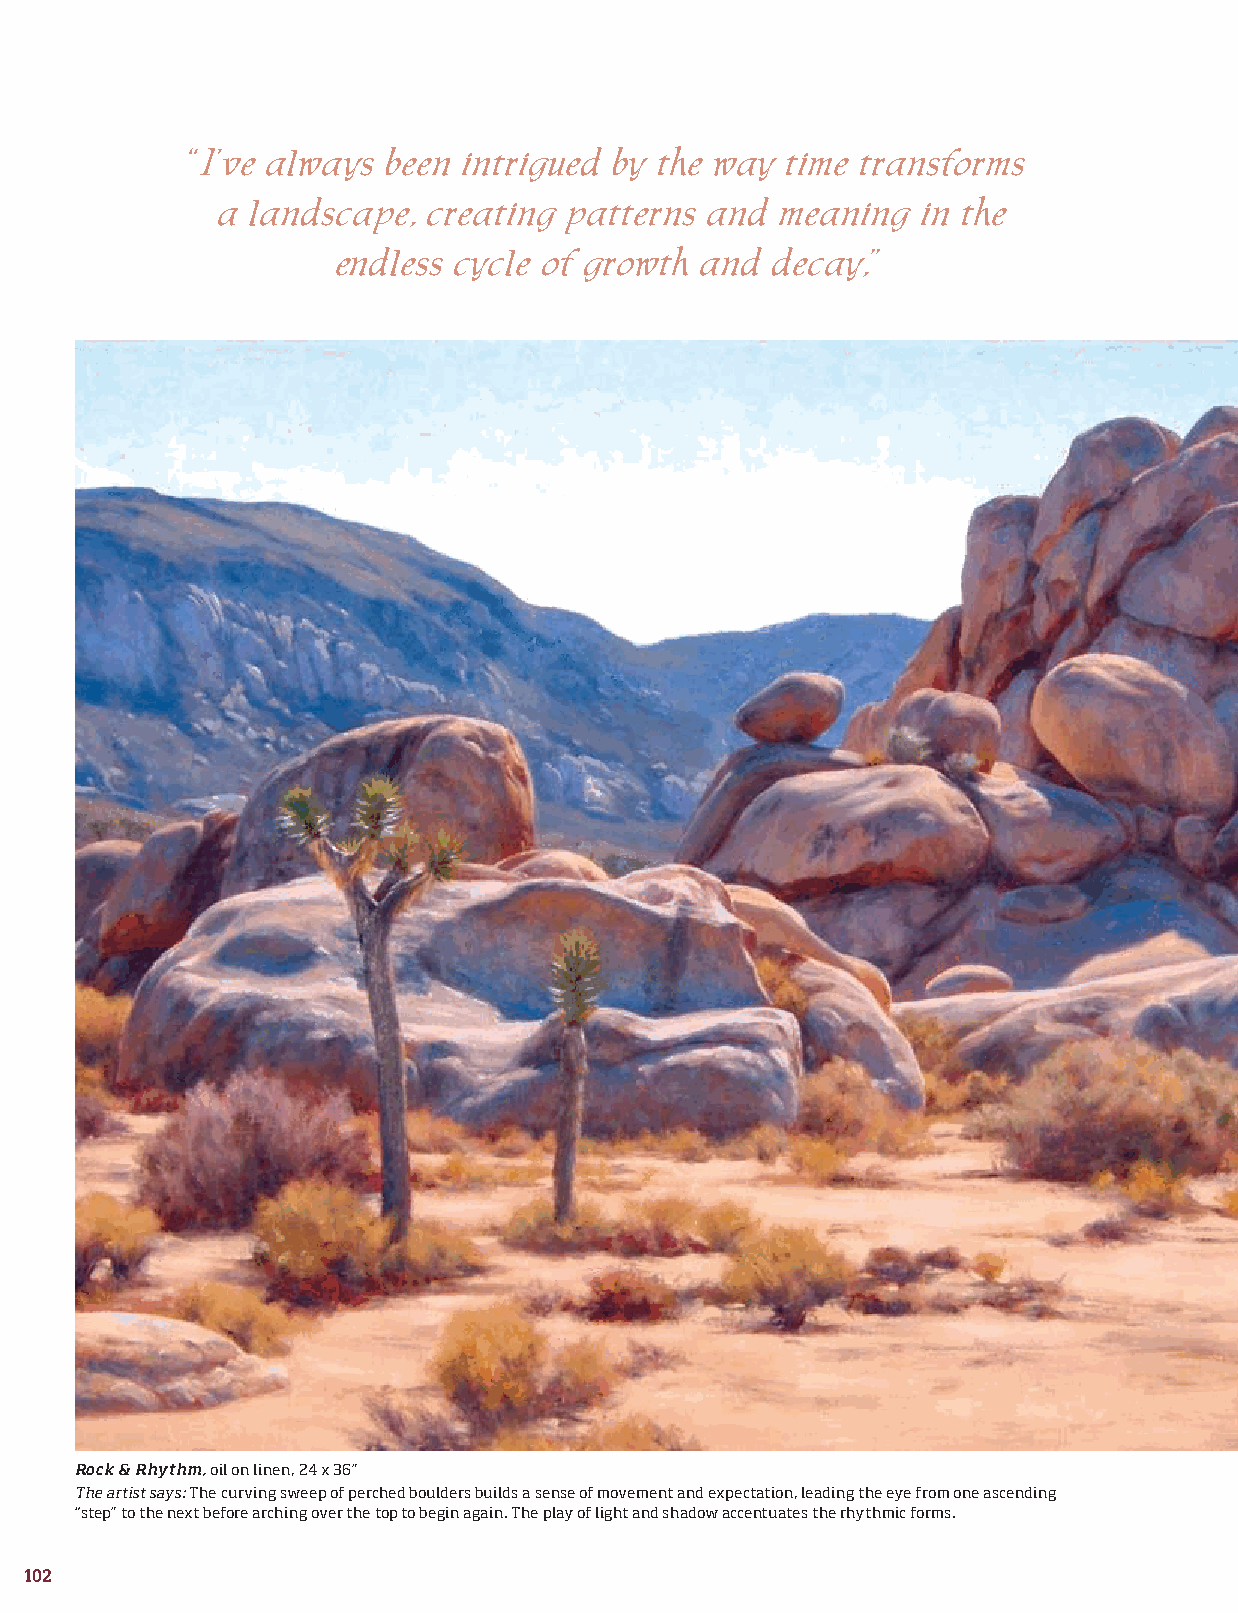
“I’ve always been intrigued by the way time transforms
 a  landscape, creating  patterns and  meaning  in the
 endless cycle of growth and  decay,”
 Rock & Rhythm, oil on linen, 24 x 36”
 The artist says: The curving sweep of perched boulders builds a sense of movement and expectation, leading the eye from one ascending
 “step” to the next before arching over the top to begin again. The play of light and shadow accentuates the rhythmic forms.
 102